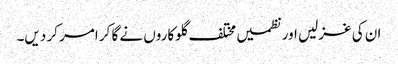
ان کی غزلیں اور نظمیں مختلف گلوکاروں نے گا کر امر کر دیں۔